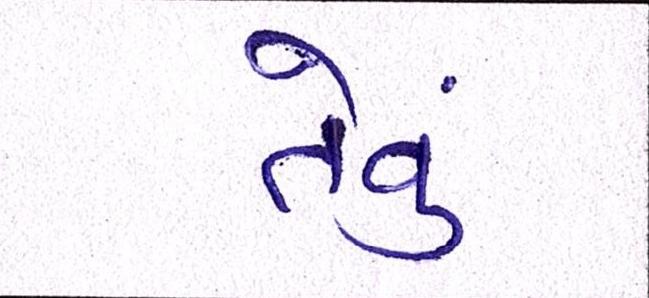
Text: તેવું